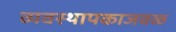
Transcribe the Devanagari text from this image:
व्यवस्थापकाजवळ